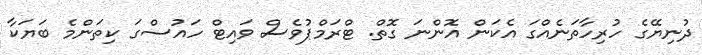
ދުނިޔޭގެ ހުރިހާތަނެއްގަ އެކަން އޮންނަ ގޮތް. ޓްރަމްޕުވެސް ވައިޓް ހައުސްގަ ކިތަންމެ ބަޔަކާ